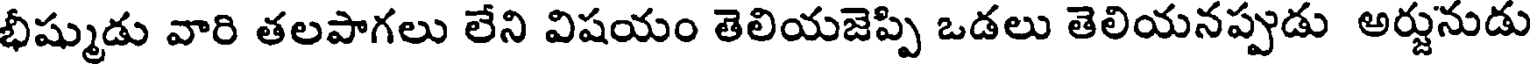
భీష్ముడు వారి తలపాగలు లేని విషయం తెలియజెప్పి ఒడలు తెలియనప్పుడు అర్జునుడు